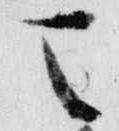
天